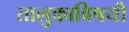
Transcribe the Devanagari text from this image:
तालुकाविषयी